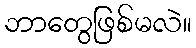
ဘာတွေဖြစ်မလဲ။